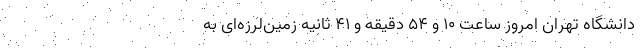
دانشگاه تهران امروز ساعت ۱۰ و ۵۴ دقیقه و ۴۱ ثانیه زمین‌لرزه‌ای به